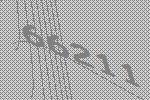
66211